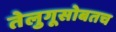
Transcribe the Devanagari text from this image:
तेलुगूसोबतच